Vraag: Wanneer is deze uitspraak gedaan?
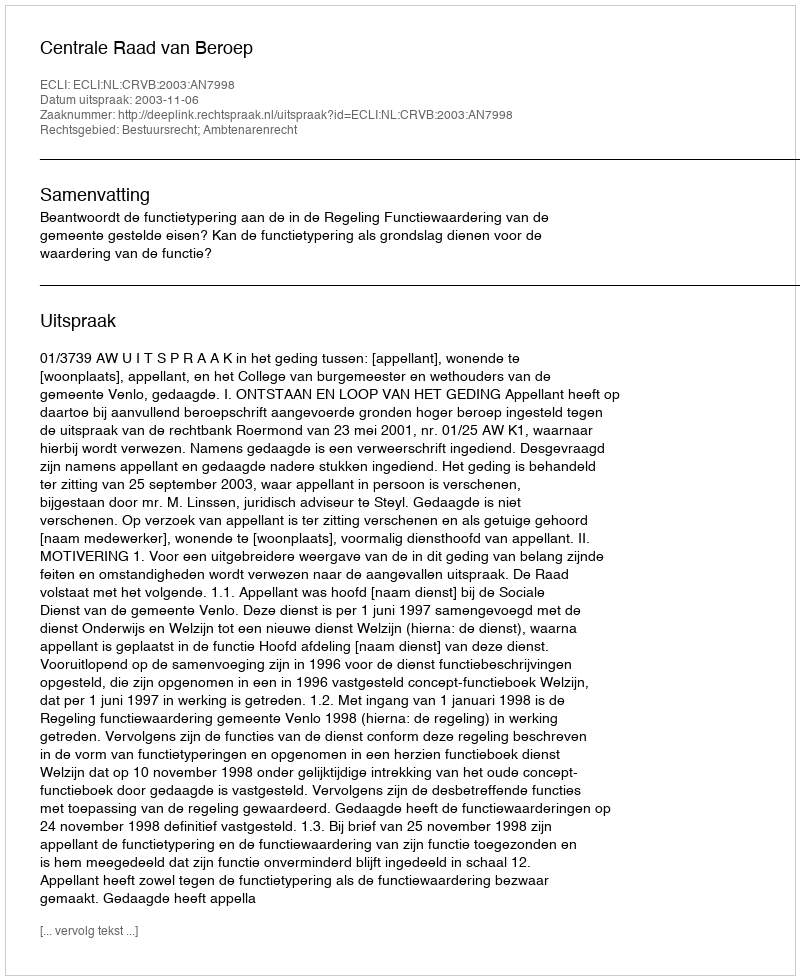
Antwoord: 2003-11-06